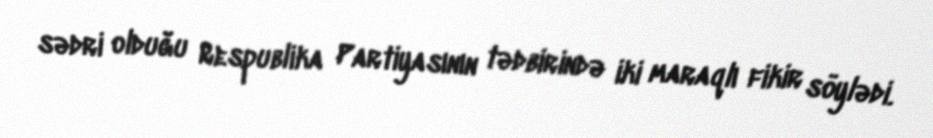
sədri olduğu Respublika Partiyasının tədbirində iki maraqlı fikir söylədi.